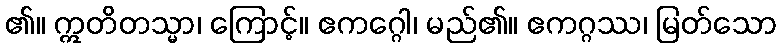
၏။ ဣတိတသ္မာ၊ ကြောင့်။ ဧကဂ္ဂေါ၊ မည်၏။ ဧကဂ္ဂဿ၊ မြတ်သော